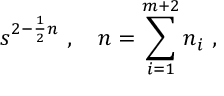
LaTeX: s ^ { 2 - \frac { 1 } { 2 } n } \ , \quad n = \sum _ { i = 1 } ^ { m + 2 } n _ { i } \ ,